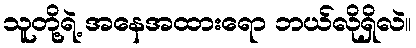
သူတို့ရဲ့ အနေအထားရော ဘယ်လိုရှိလဲ။